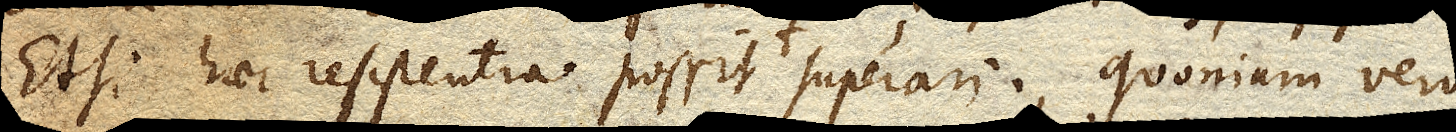
Etsi haec resistentia possit superari, quoniam vero